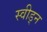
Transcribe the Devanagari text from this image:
स्वीड्न